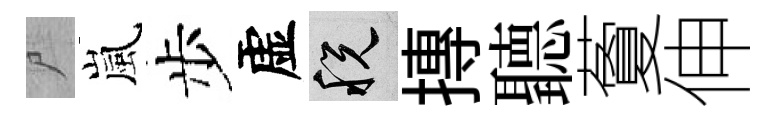
尸嵐步虚税摶聽藑伸